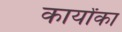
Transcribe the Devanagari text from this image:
कार्योंका